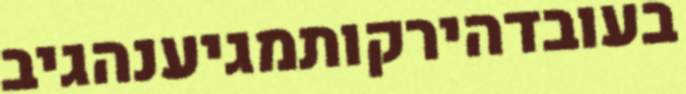
בעובדהירקותמגיענהגיב